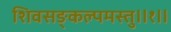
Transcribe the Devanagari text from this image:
शिवसङ्कल्पमस्तु॥१॥